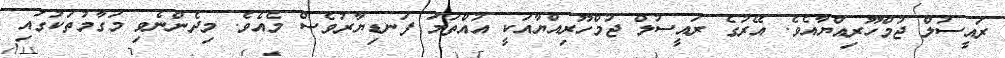
ރައީސުލް ޖުމްހޫރިއްޔާއެވެ. އޭރުގެ ރައީސުލް ޖުމްހޫރިއްޔާއަކީ އުއްތަމަ ފަނޑިޔާރުވެސް މެއެވެ. މިދެންނެވި މަގާމުތަކުގައި